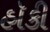
હૉકી